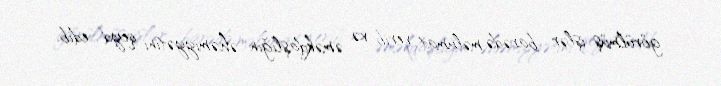
görülmüş işlər barədə məlumat verib və əməkdaşlığın əhəmiyyətini qeyd edib.